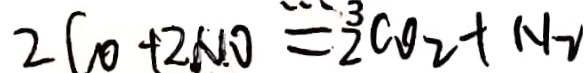
2 C O + 2 N O = 2 C O _ { 2 } + H _ { 2 }